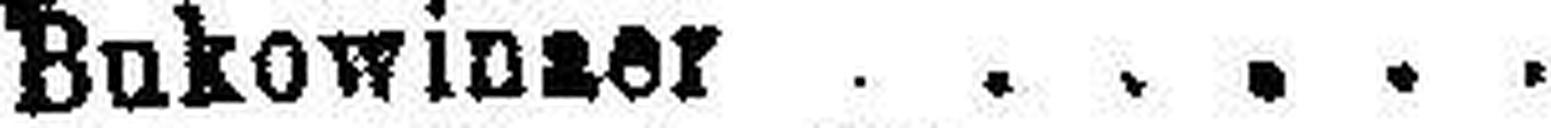
5% " Bukowinzer